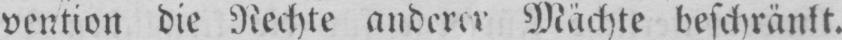
vention die Rechte anderer Mächte beschränkt.